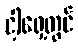
ငါ့ရှေ့တွင်